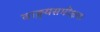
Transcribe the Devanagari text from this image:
वाङ्मयसमीक्षक